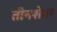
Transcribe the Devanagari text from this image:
तीनशेवर